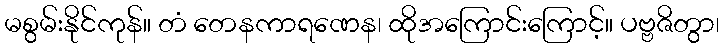
မစွမ်းနိုင်ကုန်။ တံ တေနကာရဏေန၊ ထိုအကြောင်းကြောင့်။ ပဗ္ဗဇိတွာ၊